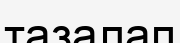
тазалап